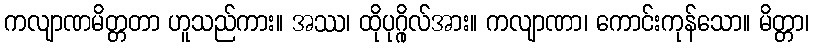
ကလျာဏမိတ္တတာ ဟူသည်ကား။ အဿ၊ ထိုပုဂ္ဂိုလ်အား။ ကလျာဏာ၊ ကောင်းကုန်သော။ မိတ္တာ၊